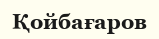
Қойбағаров